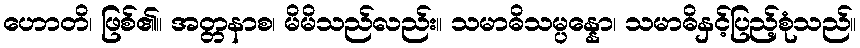
ဟောတိ၊ ဖြစ်၏။ အတ္တနာစ၊ မိမိသည်လည်း။ သမာဓိသမ္ပန္နော၊ သမာဓိနှင့်ပြည့်စုံသည်။